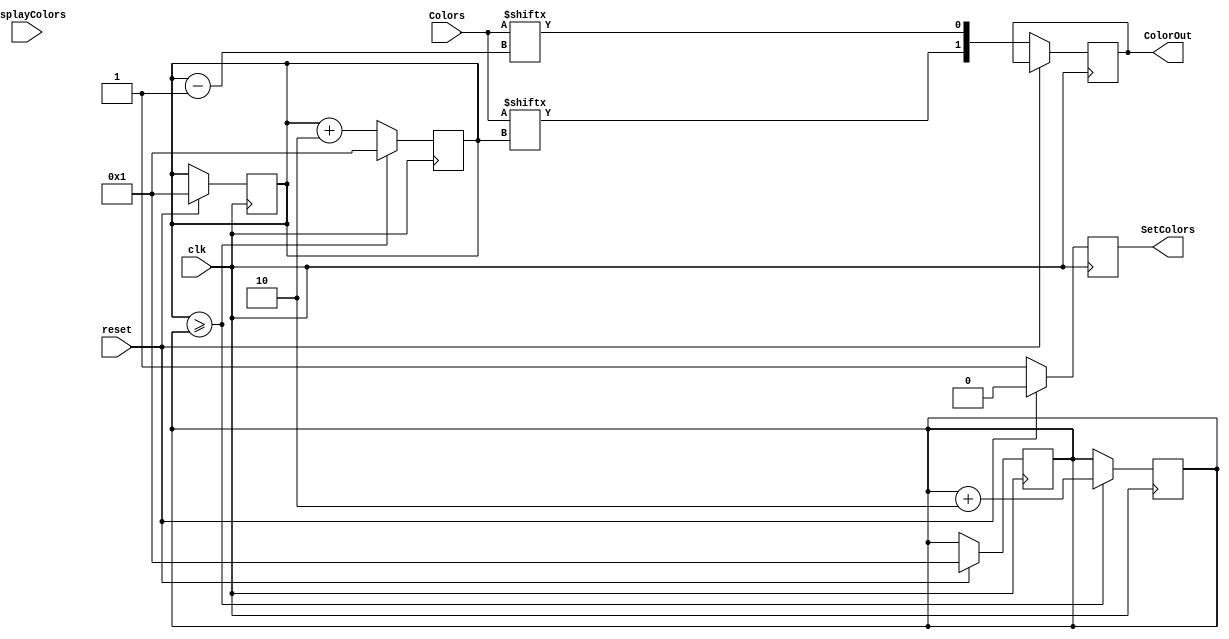
module DisplayColors(Colors, DisplayColors, SetColors, ColorOut, clk, reset);
	output reg SetColors;
	output reg [1:0] ColorOut;
	input [31:0] Colors;
	input DisplayColors, clk, reset;
	reg [5:0] CurrentEnd, CurrentColor;
	// clock and reset: non Blocking (<=)
	always @ (posedge clk) begin // async
		if (reset) 
		begin
			SetColors <= 0;
			CurrentEnd <= 1;
			CurrentColor <= 1;
		end	
		else
		begin
			ColorOut <= {Colors[CurrentColor], Colors[CurrentColor-1]};
			SetColors <= 1;
		end
	end
	// find next state: Blocking (=)
	always @ (posedge clk) begin 
		if (CurrentColor >= CurrentEnd)
		begin
			CurrentEnd <= CurrentEnd + 2;
			CurrentColor <= 1;
		end
		else 
		begin
			CurrentColor <= CurrentColor + 2;
		end
		
		
	end
	
endmodule